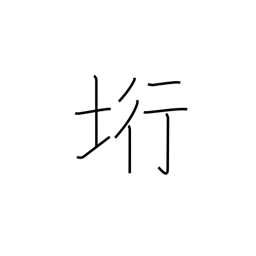
Meaning: cliff